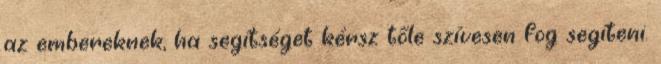
az embereknek, ha segítséget kérsz tőle szívesen fog segíteni.